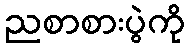
ညစာစားပွဲကို